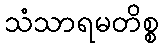
သံသာရမတိစ္စ